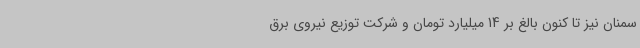
سمنان نیز تا کنون بالغ بر 14 میلیارد تومان و شرکت توزیع نیروی برق